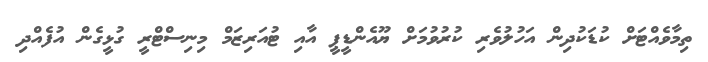
ތިމާވެއްޓަށް ކުޑަކުދިން އަހުލުވެރި ކުރުވުމަށް ޔޫއެންޑީޕީ އާއި ޓުއަރިޒަމް މިނިސްޓްރީ ގުޅީގެން އުފެއްދި